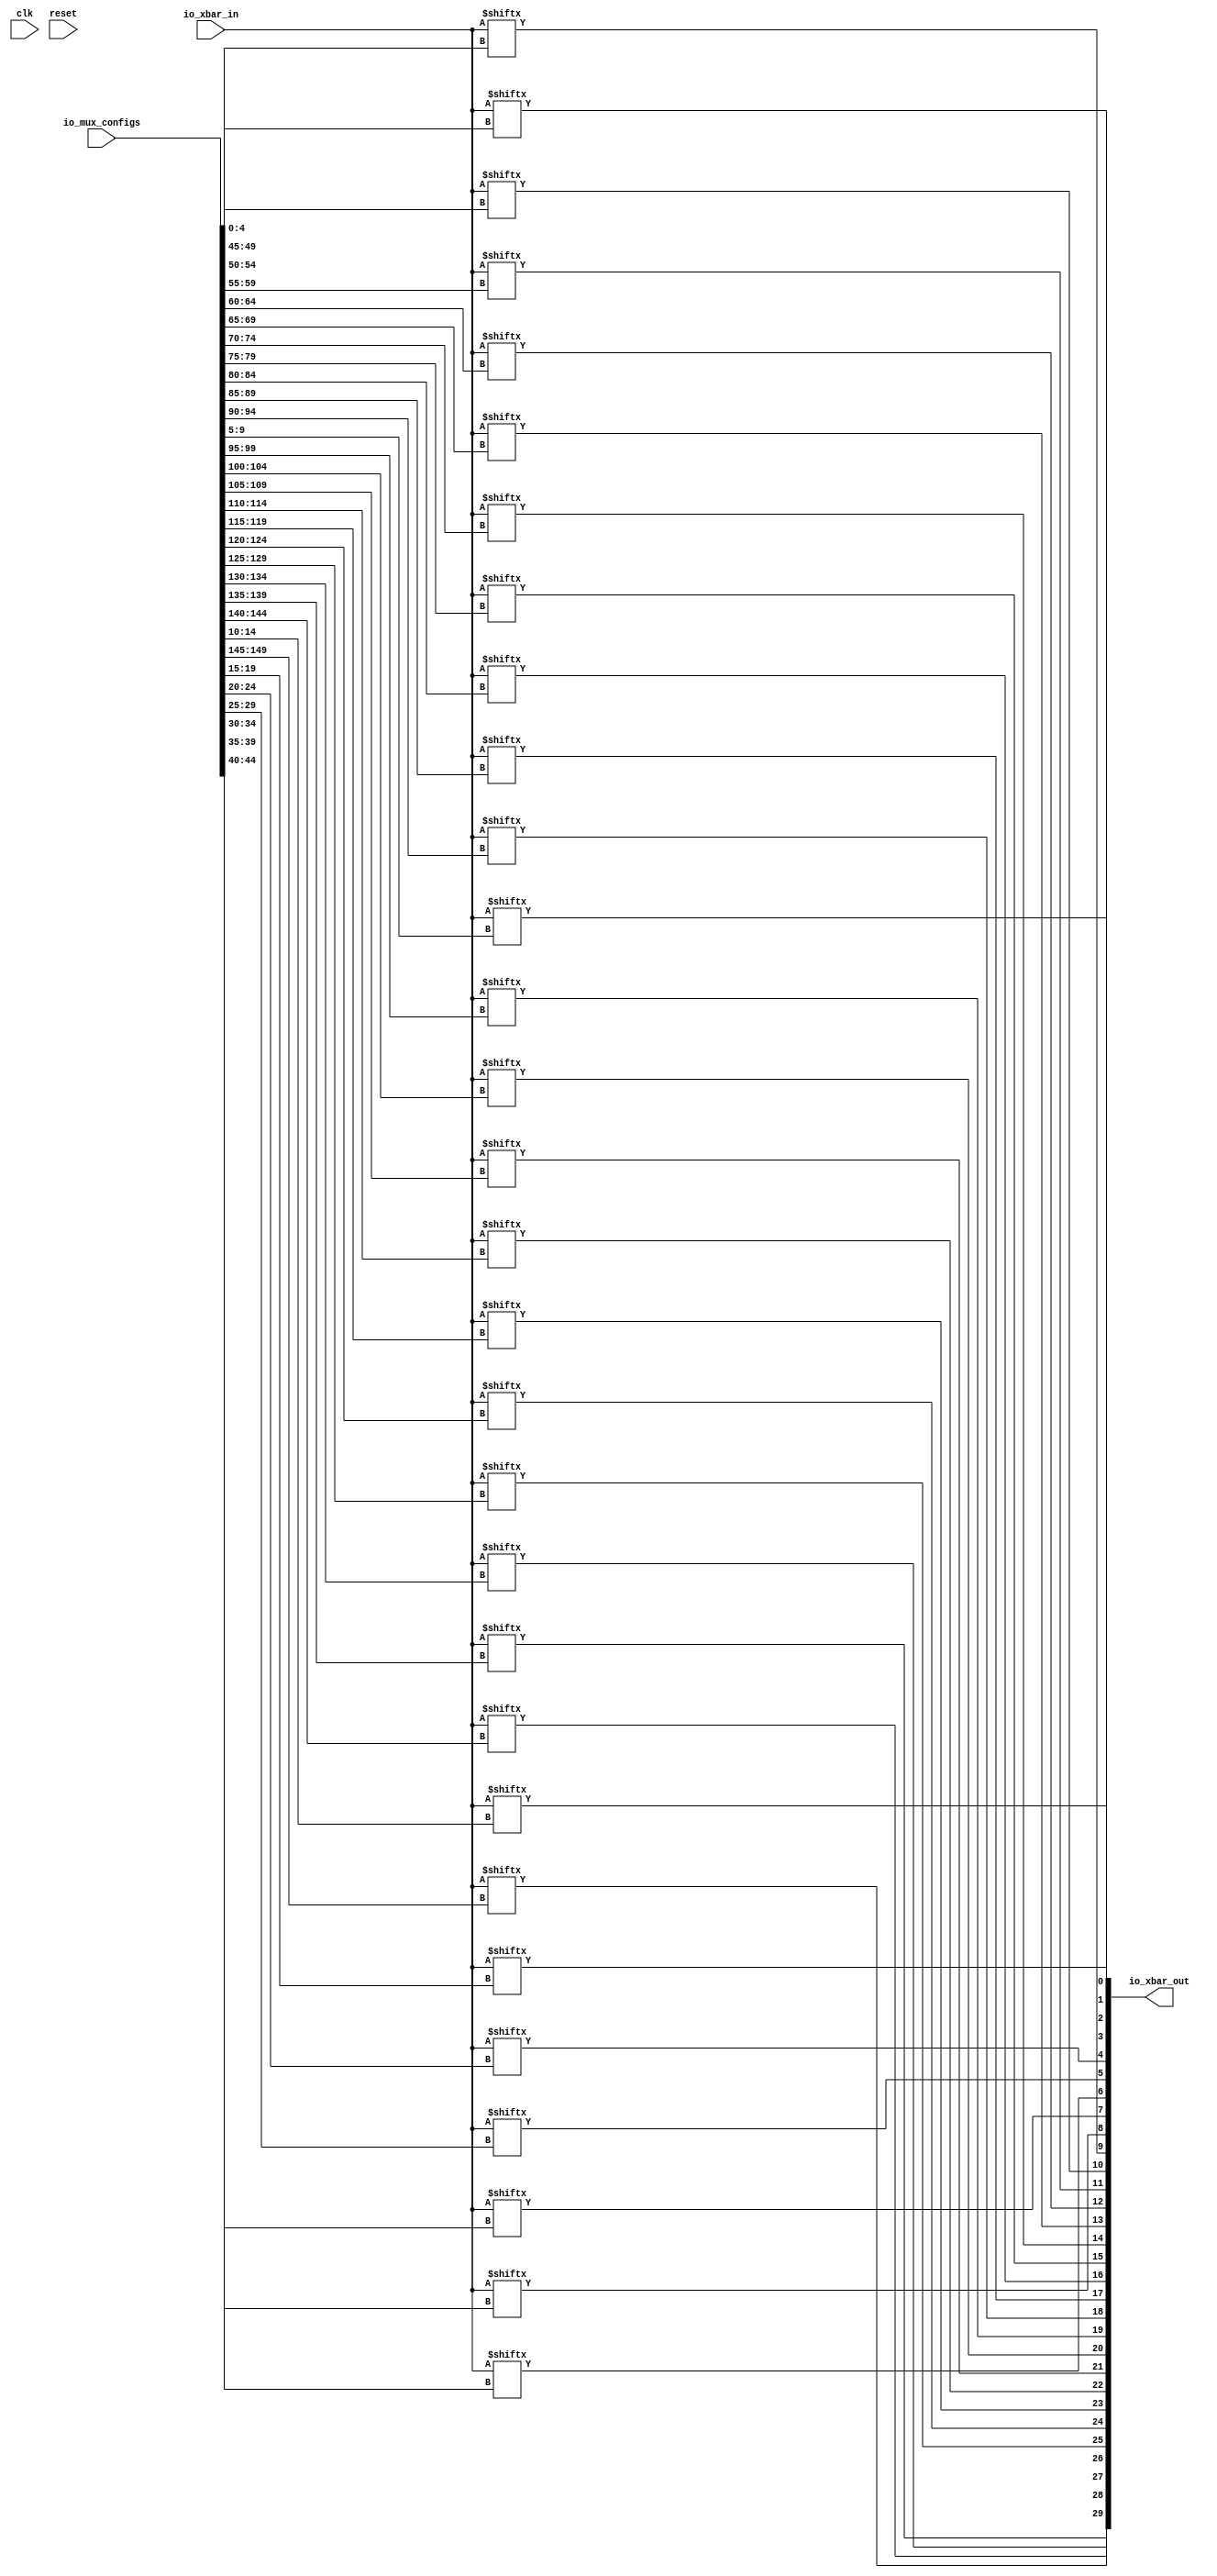
module xbar(input clk, input reset,
    input [23:0] io_xbar_in,
    output [29:0] io_xbar_out,
    input [149:0] io_mux_configs);

    assign io_xbar_out[0] = io_xbar_in[io_mux_configs[4:0]];
    assign io_xbar_out[1] = io_xbar_in[io_mux_configs[9:5]];
    assign io_xbar_out[2] = io_xbar_in[io_mux_configs[14:10]];
    assign io_xbar_out[3] = io_xbar_in[io_mux_configs[19:15]];
    assign io_xbar_out[4] = io_xbar_in[io_mux_configs[24:20]];
    assign io_xbar_out[5] = io_xbar_in[io_mux_configs[29:25]];
    assign io_xbar_out[6] = io_xbar_in[io_mux_configs[34:30]];
    assign io_xbar_out[7] = io_xbar_in[io_mux_configs[39:35]];
    assign io_xbar_out[8] = io_xbar_in[io_mux_configs[44:40]];
    assign io_xbar_out[9] = io_xbar_in[io_mux_configs[49:45]];
    assign io_xbar_out[10] = io_xbar_in[io_mux_configs[54:50]];
    assign io_xbar_out[11] = io_xbar_in[io_mux_configs[59:55]];
    assign io_xbar_out[12] = io_xbar_in[io_mux_configs[64:60]];
    assign io_xbar_out[13] = io_xbar_in[io_mux_configs[69:65]];
    assign io_xbar_out[14] = io_xbar_in[io_mux_configs[74:70]];
    assign io_xbar_out[15] = io_xbar_in[io_mux_configs[79:75]];
    assign io_xbar_out[16] = io_xbar_in[io_mux_configs[84:80]];
    assign io_xbar_out[17] = io_xbar_in[io_mux_configs[89:85]];
    assign io_xbar_out[18] = io_xbar_in[io_mux_configs[94:90]];
    assign io_xbar_out[19] = io_xbar_in[io_mux_configs[99:95]];
    assign io_xbar_out[20] = io_xbar_in[io_mux_configs[104:100]];
    assign io_xbar_out[21] = io_xbar_in[io_mux_configs[109:105]];
    assign io_xbar_out[22] = io_xbar_in[io_mux_configs[114:110]];
    assign io_xbar_out[23] = io_xbar_in[io_mux_configs[119:115]];
    assign io_xbar_out[24] = io_xbar_in[io_mux_configs[124:120]];
    assign io_xbar_out[25] = io_xbar_in[io_mux_configs[129:125]];
    assign io_xbar_out[26] = io_xbar_in[io_mux_configs[134:130]];
    assign io_xbar_out[27] = io_xbar_in[io_mux_configs[139:135]];
    assign io_xbar_out[28] = io_xbar_in[io_mux_configs[144:140]];
    assign io_xbar_out[29] = io_xbar_in[io_mux_configs[149:145]];

endmodule